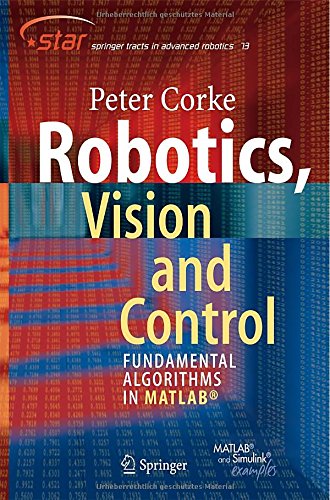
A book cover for Robotics, Vision and Control: Fundamental Algorithms in MATLAB (Springer Tracts in Advanced Robotics); Peter Corke; Engineering & Transportation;